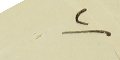
٢